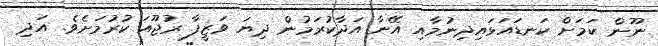
ނޫން ކަމަށް ކަނޑައަޅައިދިނުމާއި އޭނާ އަދާކުރަމުން ދިޔަ ވަޒީފާ ރުޖޫއަ ކުރުމަށެވެ. އަދި